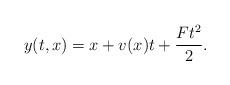
LaTeX: \begin{align*}y(t,x)=x+v(x)t+\frac{Ft^{2}}{2}.\end{align*}